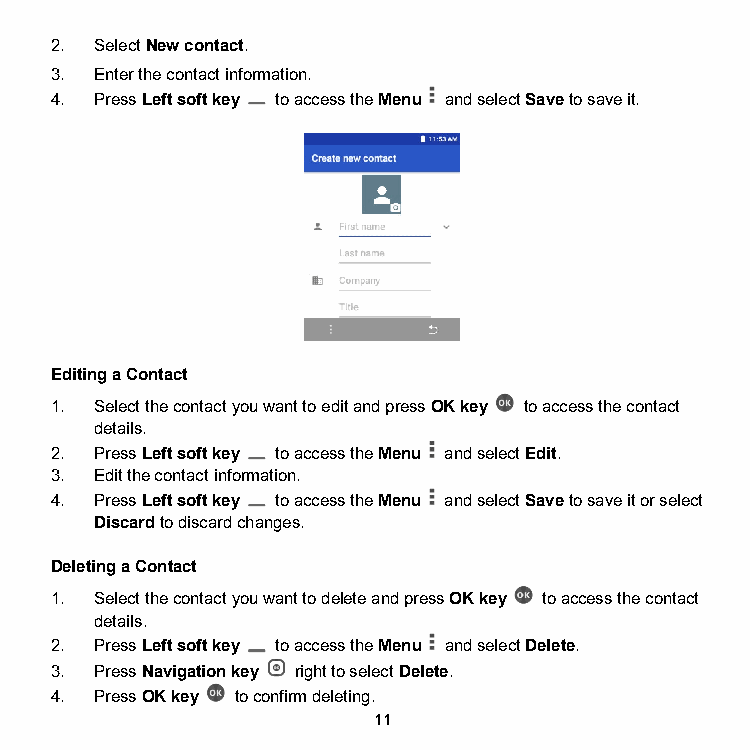
2. Select New contact.
 3. Enter the contact information.
 4. Press Left soft key to access the Menu and select Save to save it.
 Editing a Contact
 1. Select the contact you want to edit and press OK key to access the contact
 details.
 2. Press Left soft key to access the Menu and select Edit.
 3. Edit the contact information.
 4. Press Left soft key to access the Menu and select Save to save it or select
 Discard to discard changes.
 Deleting a Contact
 1. Select the contact you want to delete and press OK key to access the contact
 details.
 2. Press Left soft key to access the Menu and select Delete.
 3. Press Navigation key right to select Delete.
 4. Press OK key to confirm deleting.
 11